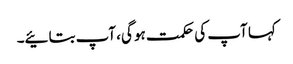
کہا آپ کی حکمت ہو گی، آپ بتائیے۔